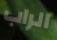
الراب